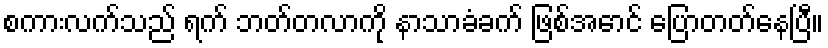
စကားလက်သည် ရက် ဘတ်တလာကို နာသာခံခက် ဖြစ်အောင် ပြောတတ်နေပြီ။